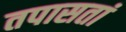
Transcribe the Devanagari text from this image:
तपासतां